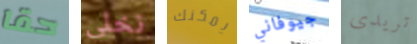
حقا نخلي يمكنك جيوفاني تريدى